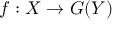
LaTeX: f : X \to G ( Y )